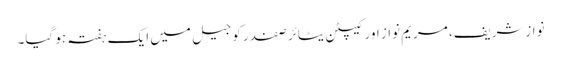
نوازشریف، مریم نواز اور کیپٹن یٹائر صفدر کو جیل میں ایک ہفتہ ہو گیا۔